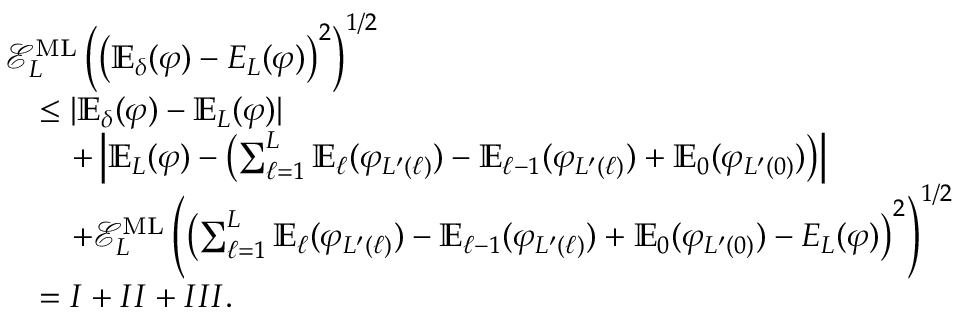
\begin{array} { r l } & { \mathcal { E } _ { L } ^ { \mathrm { M L } } \left( \left( \mathbb { E } _ { \delta } ( \varphi ) - E _ { L } ( \varphi ) \right) ^ { 2 } \right) ^ { 1 / 2 } } \\ & { \quad \le | \mathbb { E } _ { \delta } ( \varphi ) - \mathbb { E } _ { L } ( \varphi ) | } \\ & { \quad \quad + \left| \mathbb { E } _ { L } ( \varphi ) - \left( \sum _ { \ell = 1 } ^ { L } \mathbb { E } _ { \ell } ( \varphi _ { L ^ { \prime } ( \ell ) } ) - \mathbb { E } _ { \ell - 1 } ( \varphi _ { L ^ { \prime } ( \ell ) } ) + \mathbb { E } _ { 0 } ( \varphi _ { L ^ { \prime } ( 0 ) } ) \right) \right| } \\ & { \quad \quad + \mathcal { E } _ { L } ^ { \mathrm { M L } } \left( \left( \sum _ { \ell = 1 } ^ { L } \mathbb { E } _ { \ell } ( \varphi _ { L ^ { \prime } ( \ell ) } ) - \mathbb { E } _ { \ell - 1 } ( \varphi _ { L ^ { \prime } ( \ell ) } ) + \mathbb { E } _ { 0 } ( \varphi _ { L ^ { \prime } ( 0 ) } ) - E _ { L } ( \varphi ) \right) ^ { 2 } \right) ^ { 1 / 2 } } \\ & { \quad = I + I I + I I I . } \end{array}